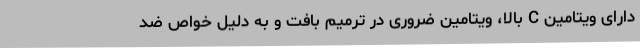
دارای ویتامین C بالا، ویتامین ضروری در ترمیم بافت و به دلیل خواص ضد